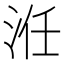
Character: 㳝